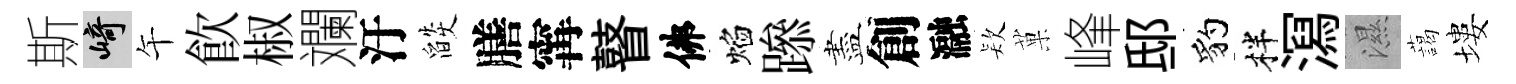
斯崎午飲椒斕汙燄膳𡩋瞽佛焰𨅶盡創瀜𣣇菓峰邸豹柈㵼濕藹塿